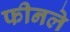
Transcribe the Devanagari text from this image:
फीनले